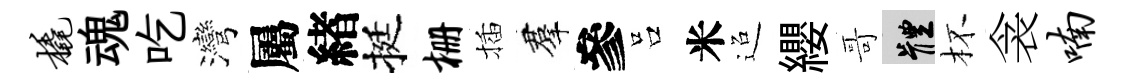
橇魂吃灣屬緖挺栅插羣參吕米迢纓哥體杯衾喃